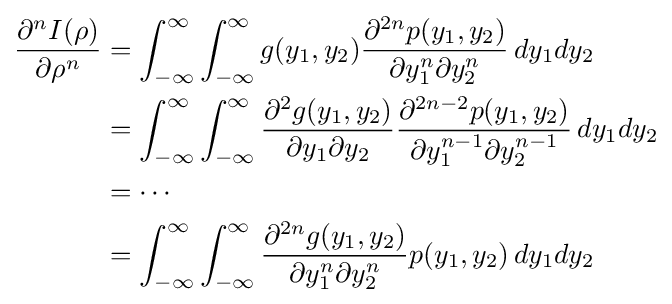
{\begin{aligned}{\frac {\partial ^{n}I(\rho )}{\partial \rho ^{n}}}&=\int _{-\infty }^{\infty }\int _{-\infty }^{\infty }g(y_{1},y_{2}){\frac {\partial ^{2n}p(y_{1},y_{2})}{\partial y_{1}^{n}\partial y_{2}^{n}}}\,dy_{1}dy_{2}\\&=\int _{-\infty }^{\infty }\int _{-\infty }^{\infty }{\frac {\partial ^{2}g(y_{1},y_{2})}{\partial y_{1}\partial y_{2}}}{\frac {\partial ^{2n-2}p(y_{1},y_{2})}{\partial y_{1}^{n-1}\partial y_{2}^{n-1}}}\,dy_{1}dy_{2}\\&=\cdots \\&=\int _{-\infty }^{\infty }\int _{-\infty }^{\infty }{\frac {\partial ^{2n}g(y_{1},y_{2})}{\partial y_{1}^{n}\partial y_{2}^{n}}}p(y_{1},y_{2})\,dy_{1}dy_{2}\end{aligned}}